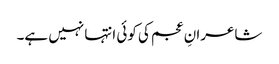
شاعرانِ عجم کی کوئی انتہا نہیں ہے۔